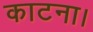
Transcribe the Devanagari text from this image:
काटना।